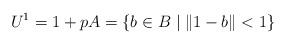
LaTeX: \begin{align*}U^1 = 1 + pA = \{ b \in B \mid \| 1-b\| < 1 \}\end{align*}